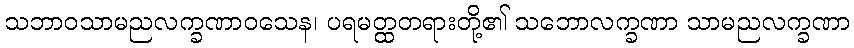
သဘာဝသာမညလက္ခဏာဝသေန၊ ပရမတ္ထတရားတို့၏ သဘောလက္ခဏာ သာမညလက္ခဏာ